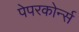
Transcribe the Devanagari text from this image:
पेपरकोर्न्स